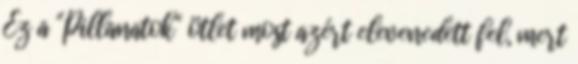
Ez a "Pillanatok" ötlet most azért elevenedett fel, mert